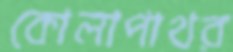
কোলাপাথর